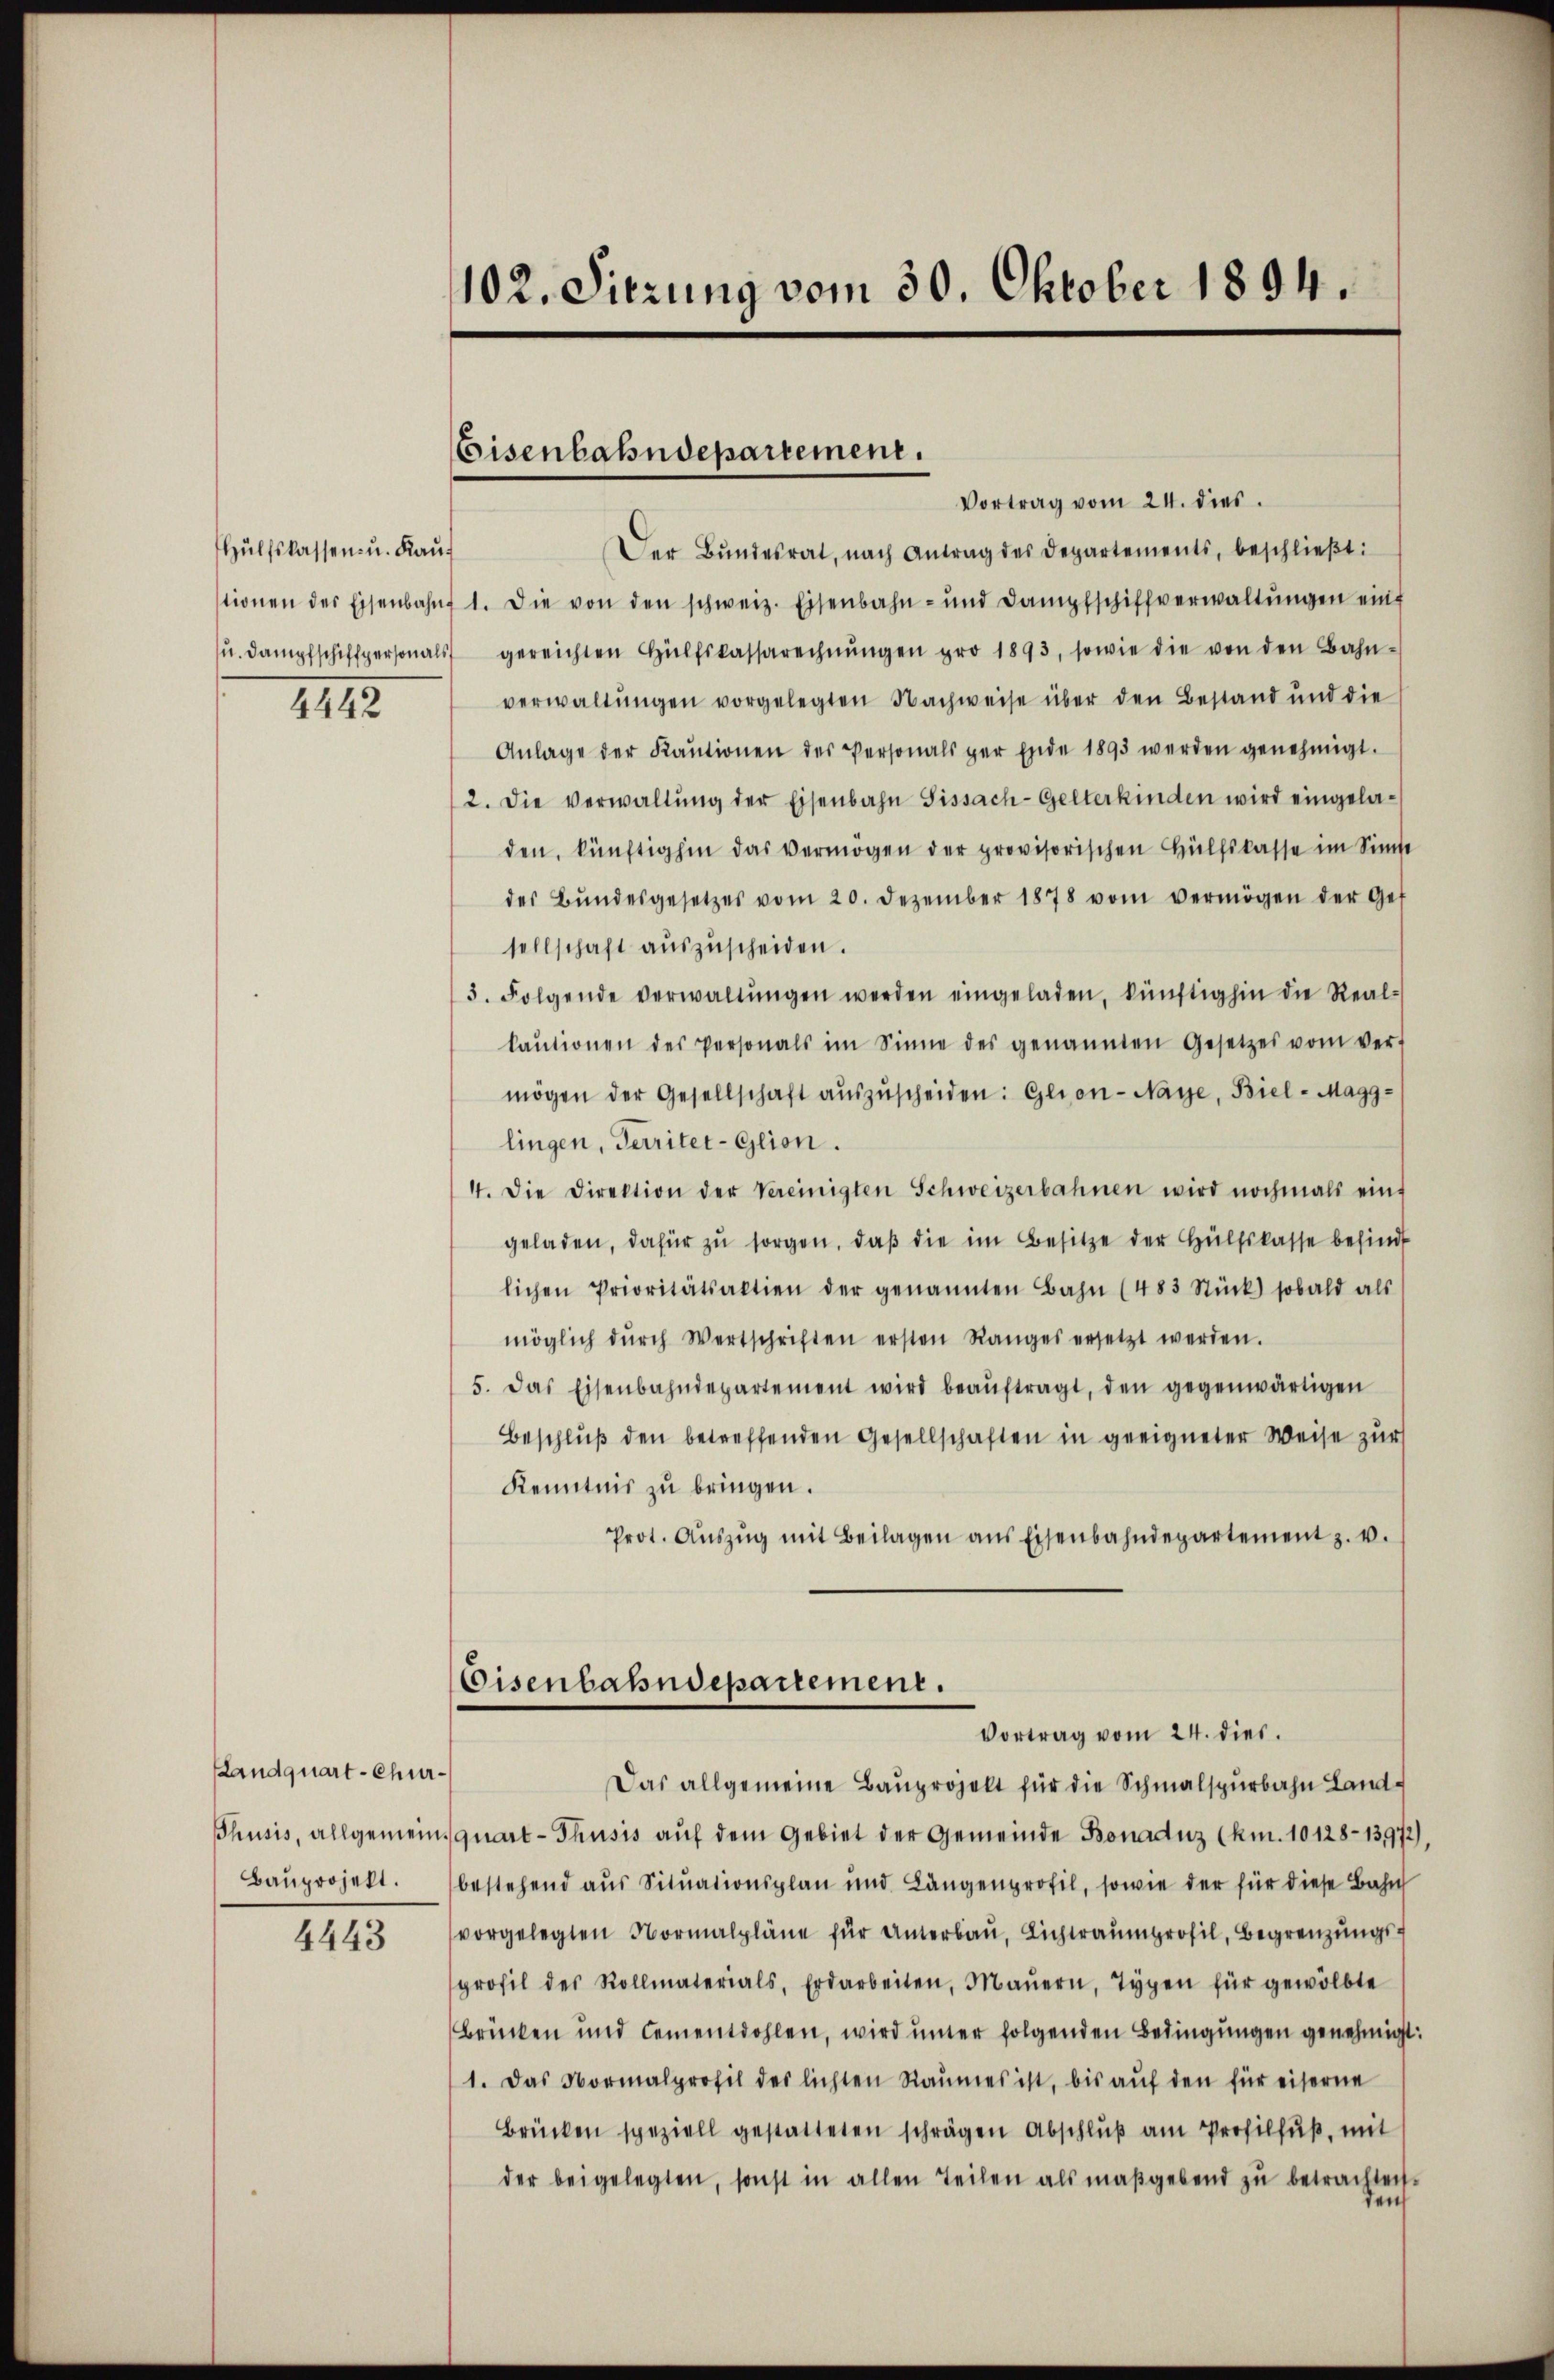
Hülfslassen- u. Kauf

4442

Landquart-Chur¬
Thusis, allgemein¬
Bauprojekt.

4443

102. Sitzung vom 30. Oktober 1894.

Eisenbahndepartement.

Vortrag vom 24. dies
Der Bŭndesrat, nach Antrag des Departements, beschlieβt:
stionen des Eisenbahnf 1. Die von den schweiz. Eisenbahn- und Dampfschiffverwaltŭngen einf
ŭ. Dampfschiffpersonals gereichten Hülfskassarechnŭngen pro 1893, sowie die von den Bahn-
verwaltŭngen vorgelegten Nachweise über den Bestand und die
Anlage der Kaŭtionen des Personals per Ende 1893 werden genehmigt.
2. Die verwaltŭng der Eisenbahn Sissach-Gelterkinden wird eingeladen, künftighin das vermögen der provisorischen Hülfskasse im Sinne
des Bŭndesgesetzes vom 20. Dezember 1878 vom vermögen der Gef
sellschaft aŭszŭscheiden.
3. Folgende verwaltŭngen werden eingeladen, künftighin die Real-
kaŭtionen des Personals im Sinne des genannten Gesetzes vom ver-
mögen der Gesellschaft aŭszŭscheiden: Glion-Naye, Biel - Magg-
lingen, Territer-Glion.
4. Die Direktion der Vereinigten Schweizerbahnen wird nochmals ein
geladen, dafür zŭ sorgen, daβ die im Besitze der Hülfskasse befindt
lichen Prioritätsaktien der genannten Bahn (483 Stück sobald als
möglich dŭrch Wertschriften ersten Ranges ersetzt werden.
5. Das Eisenbahndepartement wird beaŭftragt, den gegenwärtigen
Beschlŭβ den betreffenden Gesellschaften in geeigneter Weise zur
Kenntnis zu bringen.
Prot. Aŭszŭg mit Beilagen aus Eisenbahndepartement z. v.
Eisenbahndepartement.
Vortrag vom 24. dies.
Das allgemeine Baŭprojekt für die Schmalspurbahn Land-
quart-Thusis auf dem Gebiet der Gemeinde Bonaduz (km. 10128-13972)
bestehend aus Situationsplan und Längenprofil, sowie der für diese Bahn
vorgelegten Normalpläne für Unterbaŭ, Lichtraumprofil, Begrenzungs-
profil des Rollmaterials, Erdarbeiten, Maŭern, Typen für gewölbte
Brücken und Cementohlen, wird unter folgenden Bedingungen genehmigt:
1. Das Normalprofil des lichten Raumes ist, bis aŭf den für eiserne
Brücken speziell gestatteten schrägen Abschlŭβ am Profilfŭβ, mit
der beigelegten, sonst in allen Teilen als maßgebend zŭ betrachten.
au